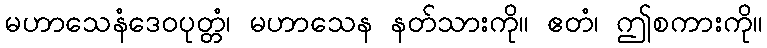
မဟာသေနံဒေဝပုတ္တံ၊ မဟာသေန နတ်သားကို။ ဧတံ၊ ဤစကားကို။